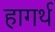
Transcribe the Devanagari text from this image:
हागर्थ